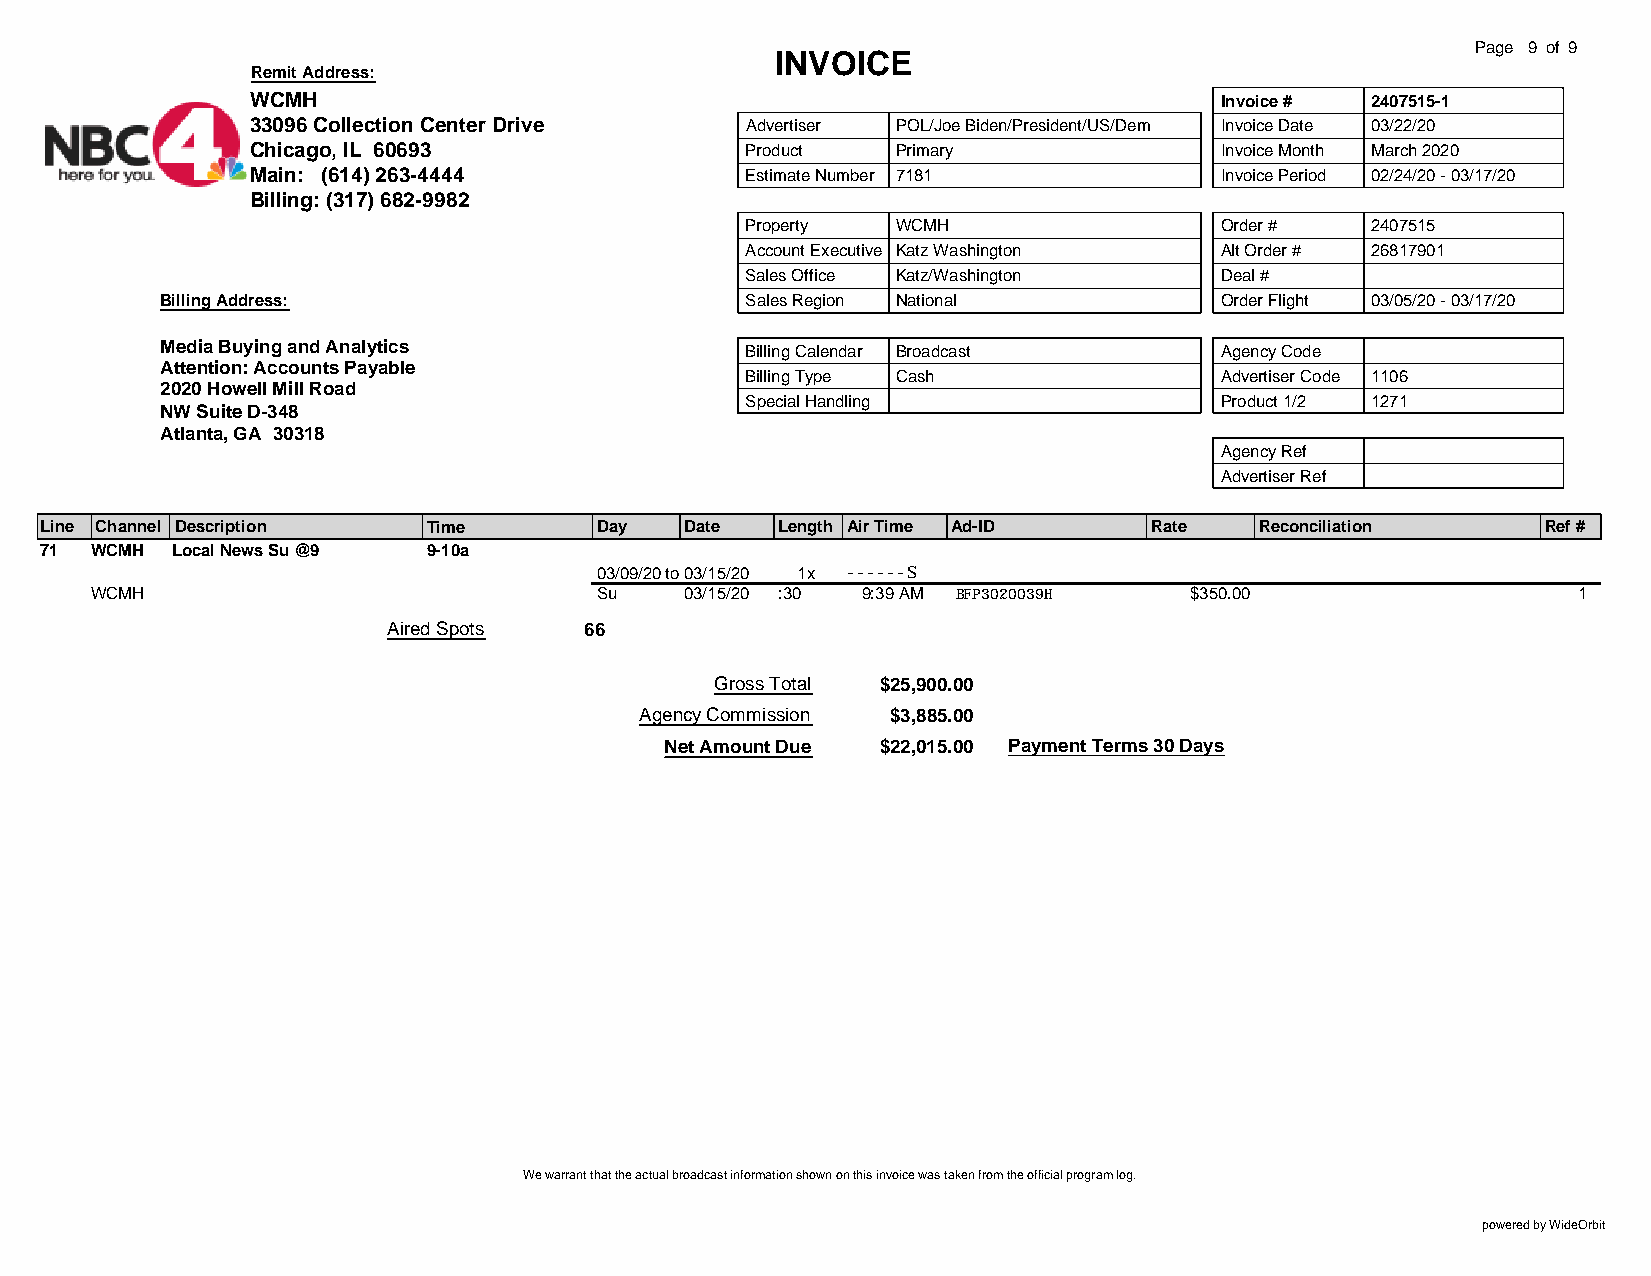
Page 9 of 9
 INVOICE
 Remit Address:
 WCMH                                                            Invoice # 2407515-1
 33096 Collection Center Drive   Advertiser POL/Joe Biden/President/US/Dem Invoice Date 03/22/20
 Chicago, IL 60693               Product   Primary               Invoice Month March 2020
 Main: (614) 263-4444            Estimate Number 7181            Invoice Period 02/24/20 - 03/17/20
 Billing: (317) 682-9982
 Property  WCMH                  Order #   2407515
 Account Executive Katz Washington Alt Order # 26817901
 Sales Office Katz/Washington    Deal #
 Billing Address:                      Sales Region National           Order Flight 03/05/20 - 03/17/20
 Media Buying and Analytics            Billing Calendar Broadcast      Agency Code
 Attention: Accounts Payable
 Billing Type Cash               Advertiser Code 1106
 2020 Howell Mill Road
 Special Handling                Product 1/2 1271
 NW Suite D-348
 Atlanta, GA 30318
 Agency Ref
 Advertiser Ref
 Line Channel Description Time       Day   Date  Length Air Time Ad-ID    Rate   Reconciliation     Ref #
 71 WCMH Local News Su @9 9-10a
 03/09/20to03/15/20 1x ------S
 WCMH                             Su    03/15/20 :30 9:39 AM BFP3020039H  $350.00                  1
 Aired Spots  66
 Gross Total $25,900.00
 Agency Commission $3,885.00
 Net Amount Due $22,015.00 Payment Terms 30 Days
 We warrant that the actual broadcast information shown on this invoice was taken from the official program log.
 powered by WideOrbit